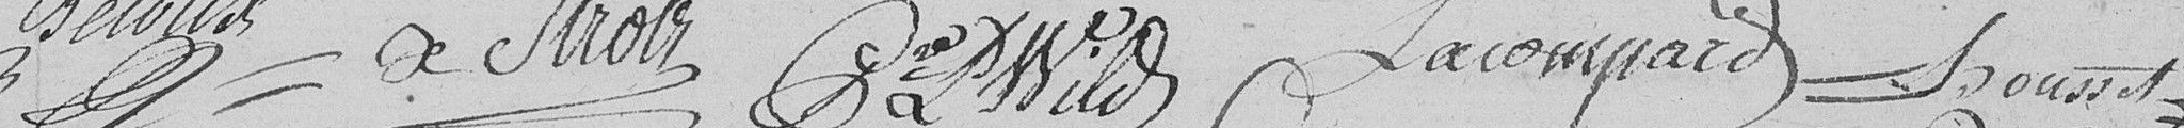
Becoux Strolz Wild, Lacompard, Rousset